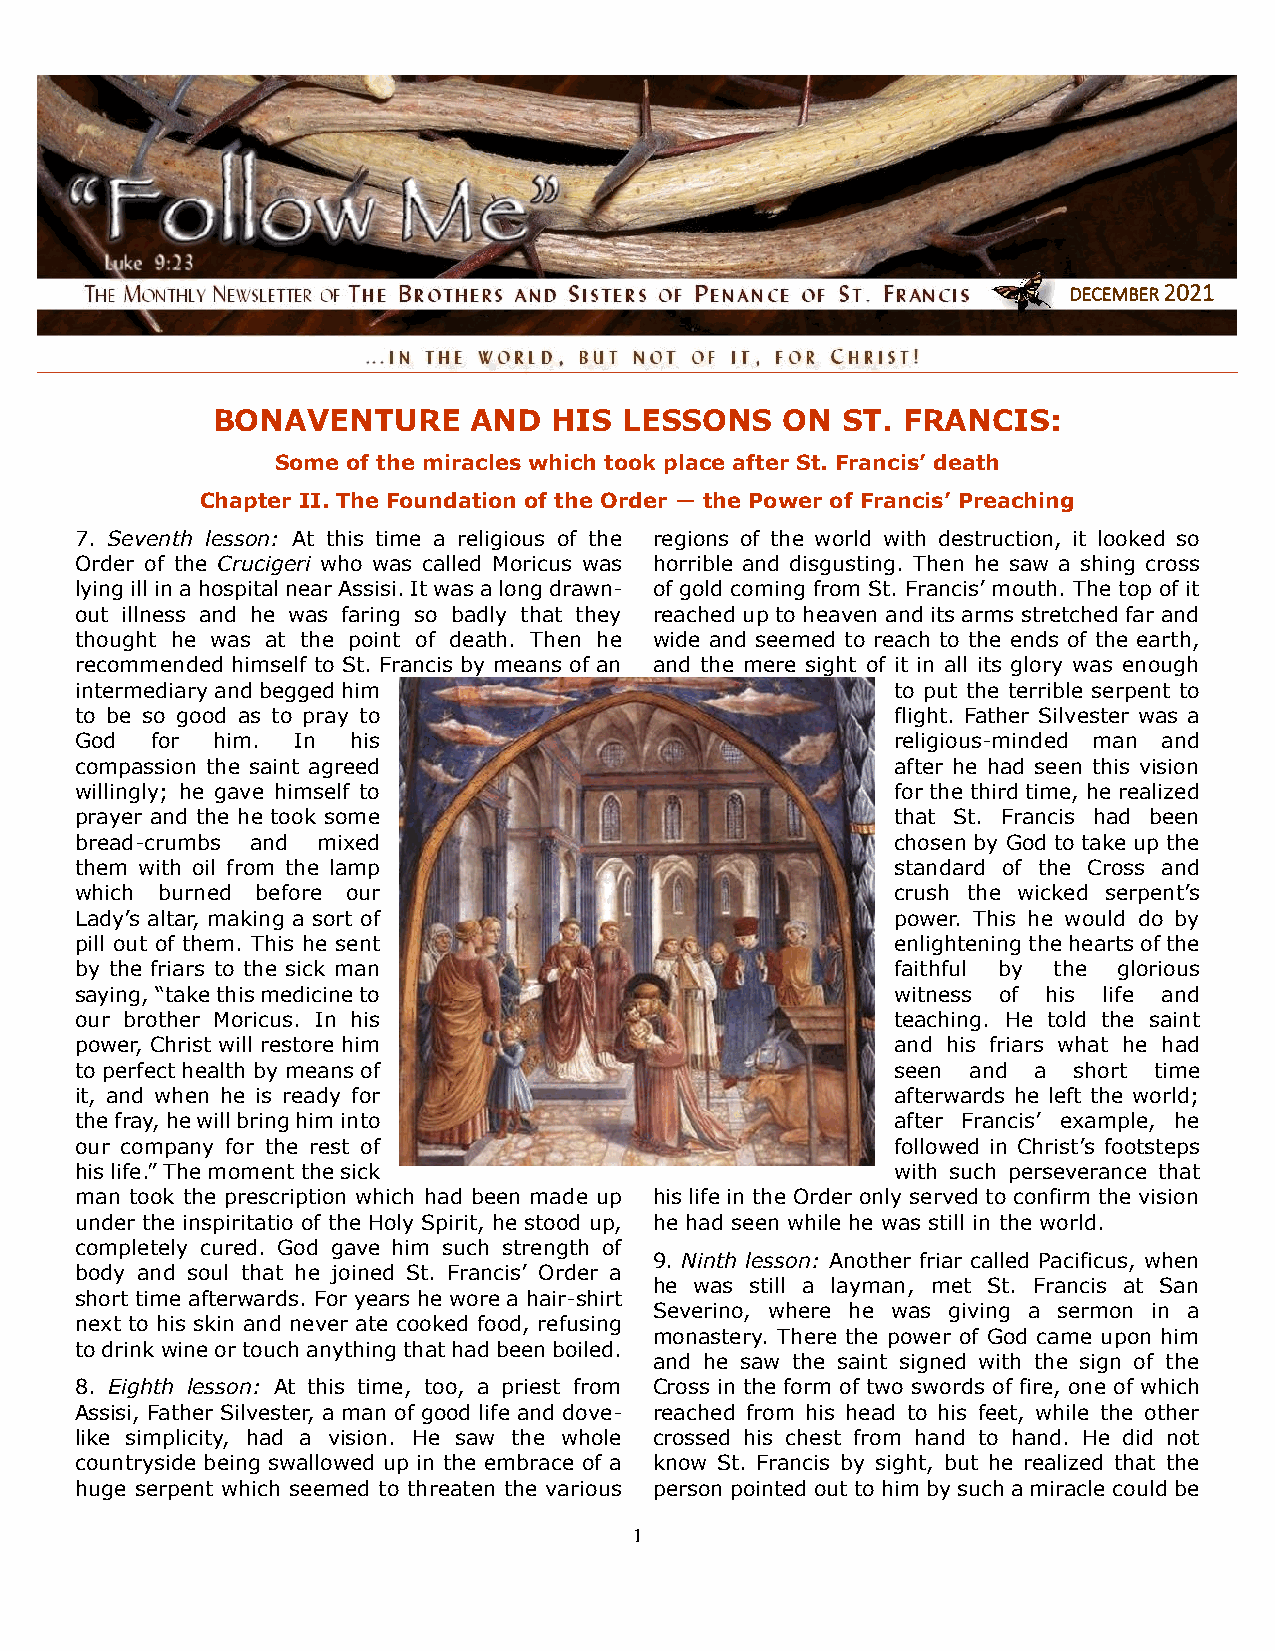
DECEMBER 2021
 BONAVENTURE      AND   HIS LESSONS    ON  ST. FRANCIS:
 Some of the miracles which took place after St. Francis’ death
 Chapter II. The Foundation of the Order — the Power of Francis’ Preaching
 7. Seventh lesson: At this time a religious of the regions of the world with destruction, it looked so
 Order of the Crucigeri who was called Moricus was horrible and disgusting. Then he saw a shing cross
 lying ill in a hospital near Assisi. It was a long drawn- of gold coming from St. Francis’ mouth. The top of it
 out illness and he was faring so badly that they reached up to heaven and its arms stretched far and
 thought he was at the point of death. Then he wide and seemed to reach to the ends of the earth,
 recommended himself to St. Francis by means of an and the mere sight of it in all its glory was enough
 intermediary and begged him                           to put the terrible serpent to
 to be so good as to pray to                           flight. Father Silvester was a
 God  for him. In  his                                 religious-minded man and
 compassion the saint agreed                           after he had seen this vision
 willingly; he gave himself to                         for the third time, he realized
 prayer and the he took some                           that St. Francis had been
 bread-crumbs and mixed                                chosen by God to take up the
 them with oil from the lamp                           standard of the Cross and
 which burned before our                               crush the wicked serpent’s
 Lady’s altar, making a sort of                        power. This he would do by
 pill out of them. This he sent                        enlightening the hearts of the
 by the friars to the sick man                         faithful by the glorious
 saying, “take this medicine to                        witness of his life and
 our brother Moricus. In his                           teaching. He told the saint
 power, Christ will restore him                        and his friars what he had
 to perfect health by means of                         seen and a  short time
 it, and when he is ready for                          afterwards he left the world;
 the fray, he will bring him into                      after Francis’ example, he
 our company for the rest of                           followed in Christ’s footsteps
 his life.” The moment the sick                        with such perseverance that
 man took the prescription which had been made up his life in the Order only served to confirm the vision
 under the inspiritatio of the Holy Spirit, he stood up, he had seen while he was still in the world.
 completely cured. God gave him such strength of
 9. Ninth lesson: Another friar called Pacificus, when
 body and soul that he joined St. Francis’ Order a
 he was still a layman, met St. Francis at San
 short time afterwards. For years he wore a hair-shirt
 Severino, where he was giving a sermon in a
 next to his skin and never ate cooked food, refusing
 monastery. There the power of God came upon him
 to drink wine or touch anything that had been boiled.
 and he saw the saint signed with the sign of the
 8. Eighth lesson: At this time, too, a priest from Cross in the form of two swords of fire, one of which
 Assisi, Father Silvester, a man of good life and dove- reached from his head to his feet, while the other
 like simplicity, had a vision. He saw the whole crossed his chest from hand to hand. He did not
 countryside being swallowed up in the embrace of a know St. Francis by sight, but he realized that the
 huge serpent which seemed to threaten the various person pointed out to him by such a miracle could be
 1